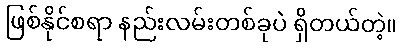
ဖြစ်နိုင်စရာ နည်းလမ်းတစ်ခုပဲ ရှိတယ်တဲ့။